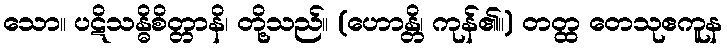
သော။ ပဋိသန္ဓိစိတ္တာနိ၊ တို့သည်။ (ဟောန္တိ၊ ကုန်၏။) တတ္ထ တေသုဧကူန